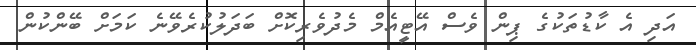
އަދި އެ ކާޑުތަކުގެ ޕިން ވެސް އޭޓީއެމް މެދުވެރިކޮށް ބަދަލުކުރެވޭނެ ކަމަށް ބޭންކުން